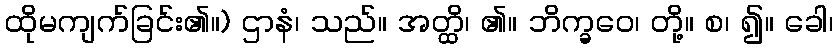
ထိုမကျက်ခြင်း၏။) ဌာနံ၊ သည်။ အတ္ထိ၊ ၏။ ဘိက္ခဝေ၊ တို့။ စ၊ ၍။ ခေါ၊